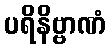
ပရိနိဗ္ဗာဏံ